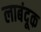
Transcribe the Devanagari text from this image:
लाबंदूक